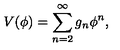
V ( \phi ) = \sum _ { n = 2 } ^ { \infty } g _ { n } \phi ^ { n } ,